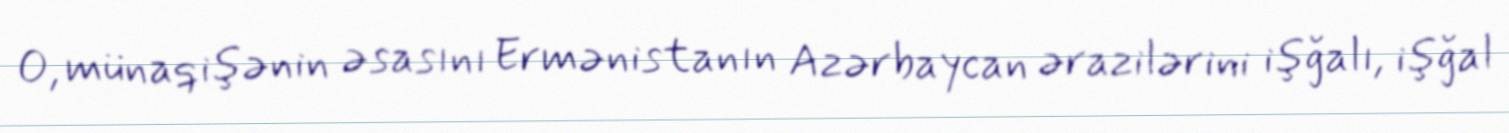
O, münaqişənin əsasını Ermənistanın Azərbaycan ərazilərini işğalı, işğal